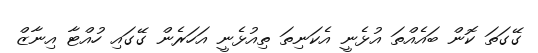
ގޭގަތަ ކޮން ބައެއްތަ އުޅެނީ އެކަނިތަ ތިއުޅެނީ އަހަރެން ގޭގައި ހުއްޓާ އިނާޒް